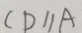
C D / / A